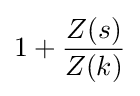
1+{\dfrac {Z(s)}{Z(k)}}